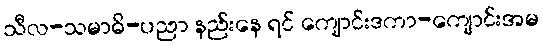
သီလ-သမာဓိ-ပညာ နည်းနေ ရင် ကျောင်းဒကာ-ကျောင်းအမ